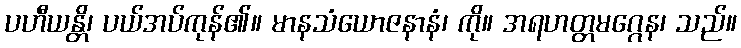
ပဟီယန္တိ၊ ပယ်အပ်ကုန်၏။ မာနသံယောဇနာနံ၊ ကို။ အရဟတ္တမဂ္ဂေန၊ သည်။